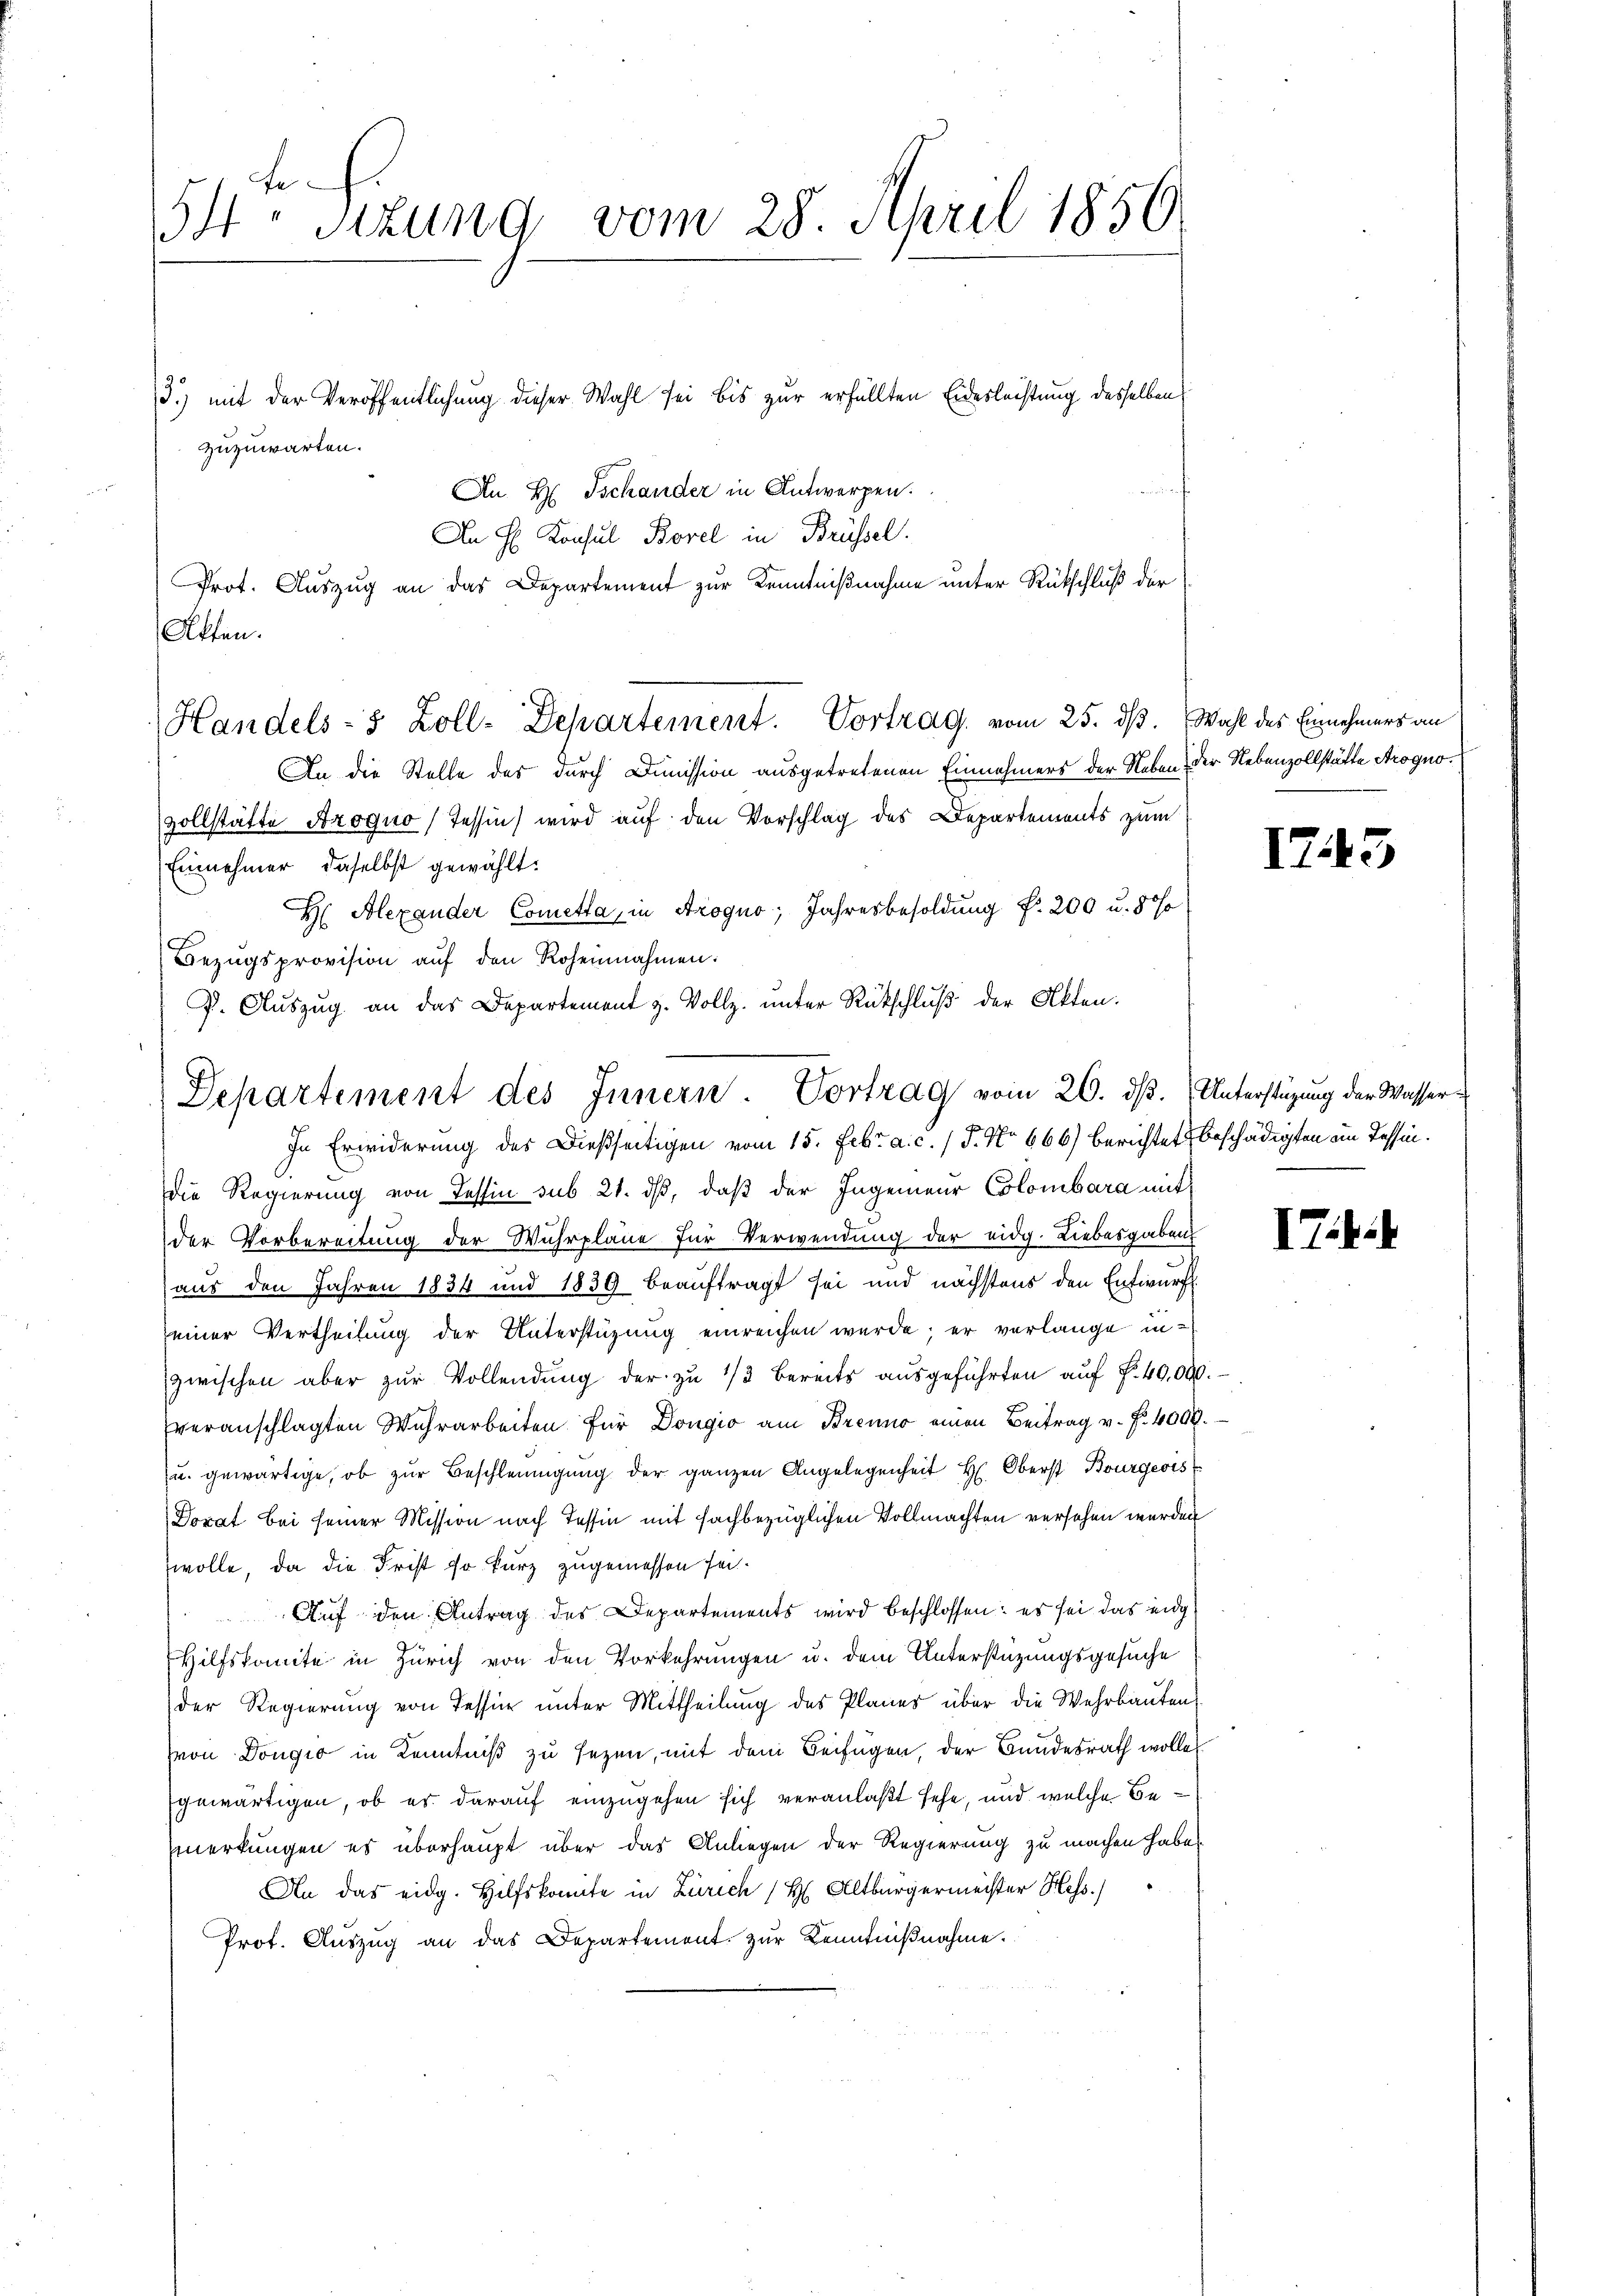
54. Sitzung vom 28. April 1850.

3.) mit der Veröffentlichung dieser Wahl sei bis zur erfüllten Eidesleistung desselben
An H. Tschander in Entwerpen.
An H. Konsul Borel in Brüssel.
Prot. Auszug an das Departement zur Kenntnißnahme unter Rückschluß der
An die Stelle des durch Dimission ausgetretenen Einnahmers der Neben der Nebenzollstätte Arogno
vollstätte Azoquo) Tessin wird auf den Vorschlag des Departements zum
Einnahmer, daselbst gewählt.
H Alexander Cometta, in Arogno; Jahresbesoldung f. 200 u. 80%
Bezŭgsprovision aŭf den Rohennahmen.
F. Auszug an das Departement z. Vollz. unter Rückschluß der Akten.
In Erwiderung des Dießseitigen vom 15. Febr. a. c. / 5. No 666) berichtet beschädigten im Tessin.
dDie Regierung von Tessin sub 21. dβ, daß der Ingenieur Colombara mit
der Vorbereitung der Wuhrpläne für Verwendung der eidg. Liebesgaben
aus den Jahren 1834 und 1839 beauftragt sei und nächstens den Entwurf
einer Vertheilung der Unterstüzung einreichen wurde; er verlange inzwischen aber zur Vollendung der zu 1/3 bereits ausgeführten auf Nr. 40,000
veranschlagten Wahrarbeiten für Dongio am Brenne einen Beitrag v. Fr. 400f
u. gewärtige, ob zur Beschleunigung der ganzen Angelegenheit H. Oberst Bourgeois
Dorat bei seiner Mission nach Tessin mit fachbezüglichen Vollmachten versehen werden
wolle, da die Frist so kurz zugemessen sei.
Auf den Antrag des Departements wird beschlossen: es sei das eidg
Hilfskomite in Zürich von den Vorkehrungen u. dem Unterstüzungsgesuche
der Regierung von Tessir unter Mittheilung des Planes über die Wehrbauten
(von Dougio in Kenntniß zu sezen, mit dem Beifügen, der Bundesrath wolle
gewärtigen, ob es darauf einzugehen sich veranlaßt sehe, und welche Bemerkungen es überhaupt über das Anliegen der Regierung zu machen habe
An das eidg. Hilfskomite in Zürich (H Altbürgermeister Hess
Prot. Auszug an das Departement. Zur Kenntnißnahme.

zuzuwarten.

Akten.

Handels- 3 Zoll-Departement. Vortrag, vom 25. dß. Wahl des Einnehmers an

Departement des Innern. Vortrag vom 20. ds. Unterstüzung der Wasser¬

17.

5

IT.